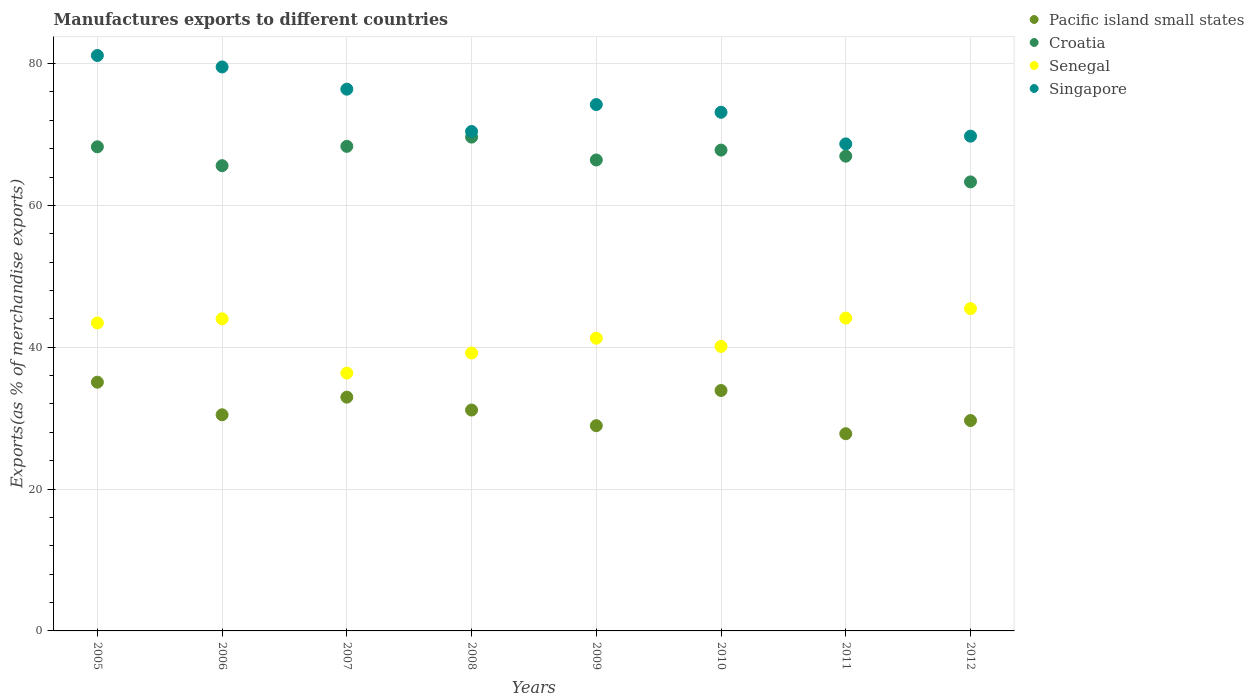
| Years | Pacific island small states | Croatia | Senegal | Singapore |
 | --- | --- | --- | --- | --- |
 | 2005 | 35.1 | 68.3 | 43.4 | 81.1 |
 | 2006 | 30.5 | 65.6 | 44 | 79.5 |
 | 2007 | 33 | 68.3 | 36.4 | 76.4 |
 | 2008 | 31.1 | 69.6 | 39.2 | 70.4 |
 | 2009 | 28.9 | 66.4 | 41.3 | 74.2 |
 | 2010 | 33.9 | 67.8 | 40.1 | 73.1 |
 | 2011 | 27.8 | 66.9 | 44.1 | 68.7 |
 | 2012 | 29.7 | 63.3 | 45.4 | 69.8 |